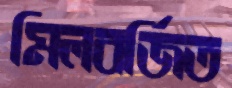
মিলবর্জিত